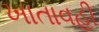
ખાતાવહી